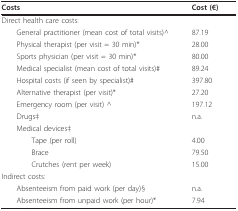
<table><thead><tr><td><b>Costs</b></td><td><b>Cost (€)</b></td></tr></thead><tbody><tr><td>Direct health care costs:</td><td></td></tr><tr><td> General practitioner (mean cost of total visits)^</td><td>87.19</td></tr><tr><td> Physical therapist (per visit = 30 min)*</td><td>28.00</td></tr><tr><td> Sports physician (per visit = 30 min)*</td><td>80.00</td></tr><tr><td> Medical specialist (mean cost of total visits)#</td><td>89.24</td></tr><tr><td> Hospital costs (if seen by specialist)#</td><td>397.80</td></tr><tr><td> Alternative therapist (per visit)*</td><td>27.20</td></tr><tr><td> Emergency room (per visit) ^</td><td>197.12</td></tr><tr><td> Drugs‡</td><td>n.a.</td></tr><tr><td> Medical devices‡</td><td></td></tr><tr><td>Tape (per roll)</td><td>4.00</td></tr><tr><td>Brace</td><td>79.50</td></tr><tr><td>Crutches (rent per week)</td><td>15.00</td></tr><tr><td>Indirect costs:</td><td></td></tr><tr><td> Absenteeism from paid work (per day)§</td><td>n.a.</td></tr><tr><td> Absenteeism from unpaid work (per hour)*</td><td>7.94</td></tr></tbody></table>